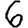
Digit: 6